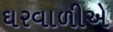
ઘરવાળીએ